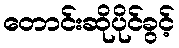
တောင်းဆိုပိုင်ခွင့်